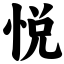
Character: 悦